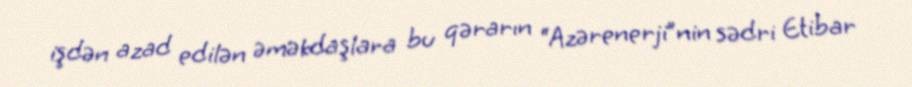
işdən azad edilən əməkdaşlara bu qərarın “Azərenerji”nin sədri Etibar